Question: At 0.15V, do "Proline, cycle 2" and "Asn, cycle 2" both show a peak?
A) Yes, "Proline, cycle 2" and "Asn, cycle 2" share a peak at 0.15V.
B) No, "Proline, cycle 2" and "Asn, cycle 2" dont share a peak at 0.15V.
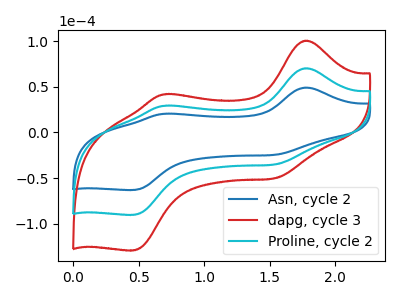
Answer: <think>The blue curve "Asn, cycle 2" has anodic peaks at (1.75V, 49.05uA) (0.70V, 20.35uA) and cathodic peaks at (1.55V, -24.45uA) (0.45V, -63.10uA). The red curve "dapg, cycle 3" has anodic peaks at (1.75V, 140.35uA) (0.70V, 58.25uA) and cathodic peaks at (1.55V, -70.00uA) (0.45V, -180.60uA). The cyan curve "Proline, cycle 2" has anodic peaks at (1.75V, 70.20uA) (0.70V, 29.15uA) and cathodic peaks at (1.55V, -35.00uA) (0.45V, -90.30uA).</think>
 <answer>B) No, "Proline, cycle 2" and "Asn, cycle 2" dont share a peak at 0.15V.</answer>
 <eval>B</eval>